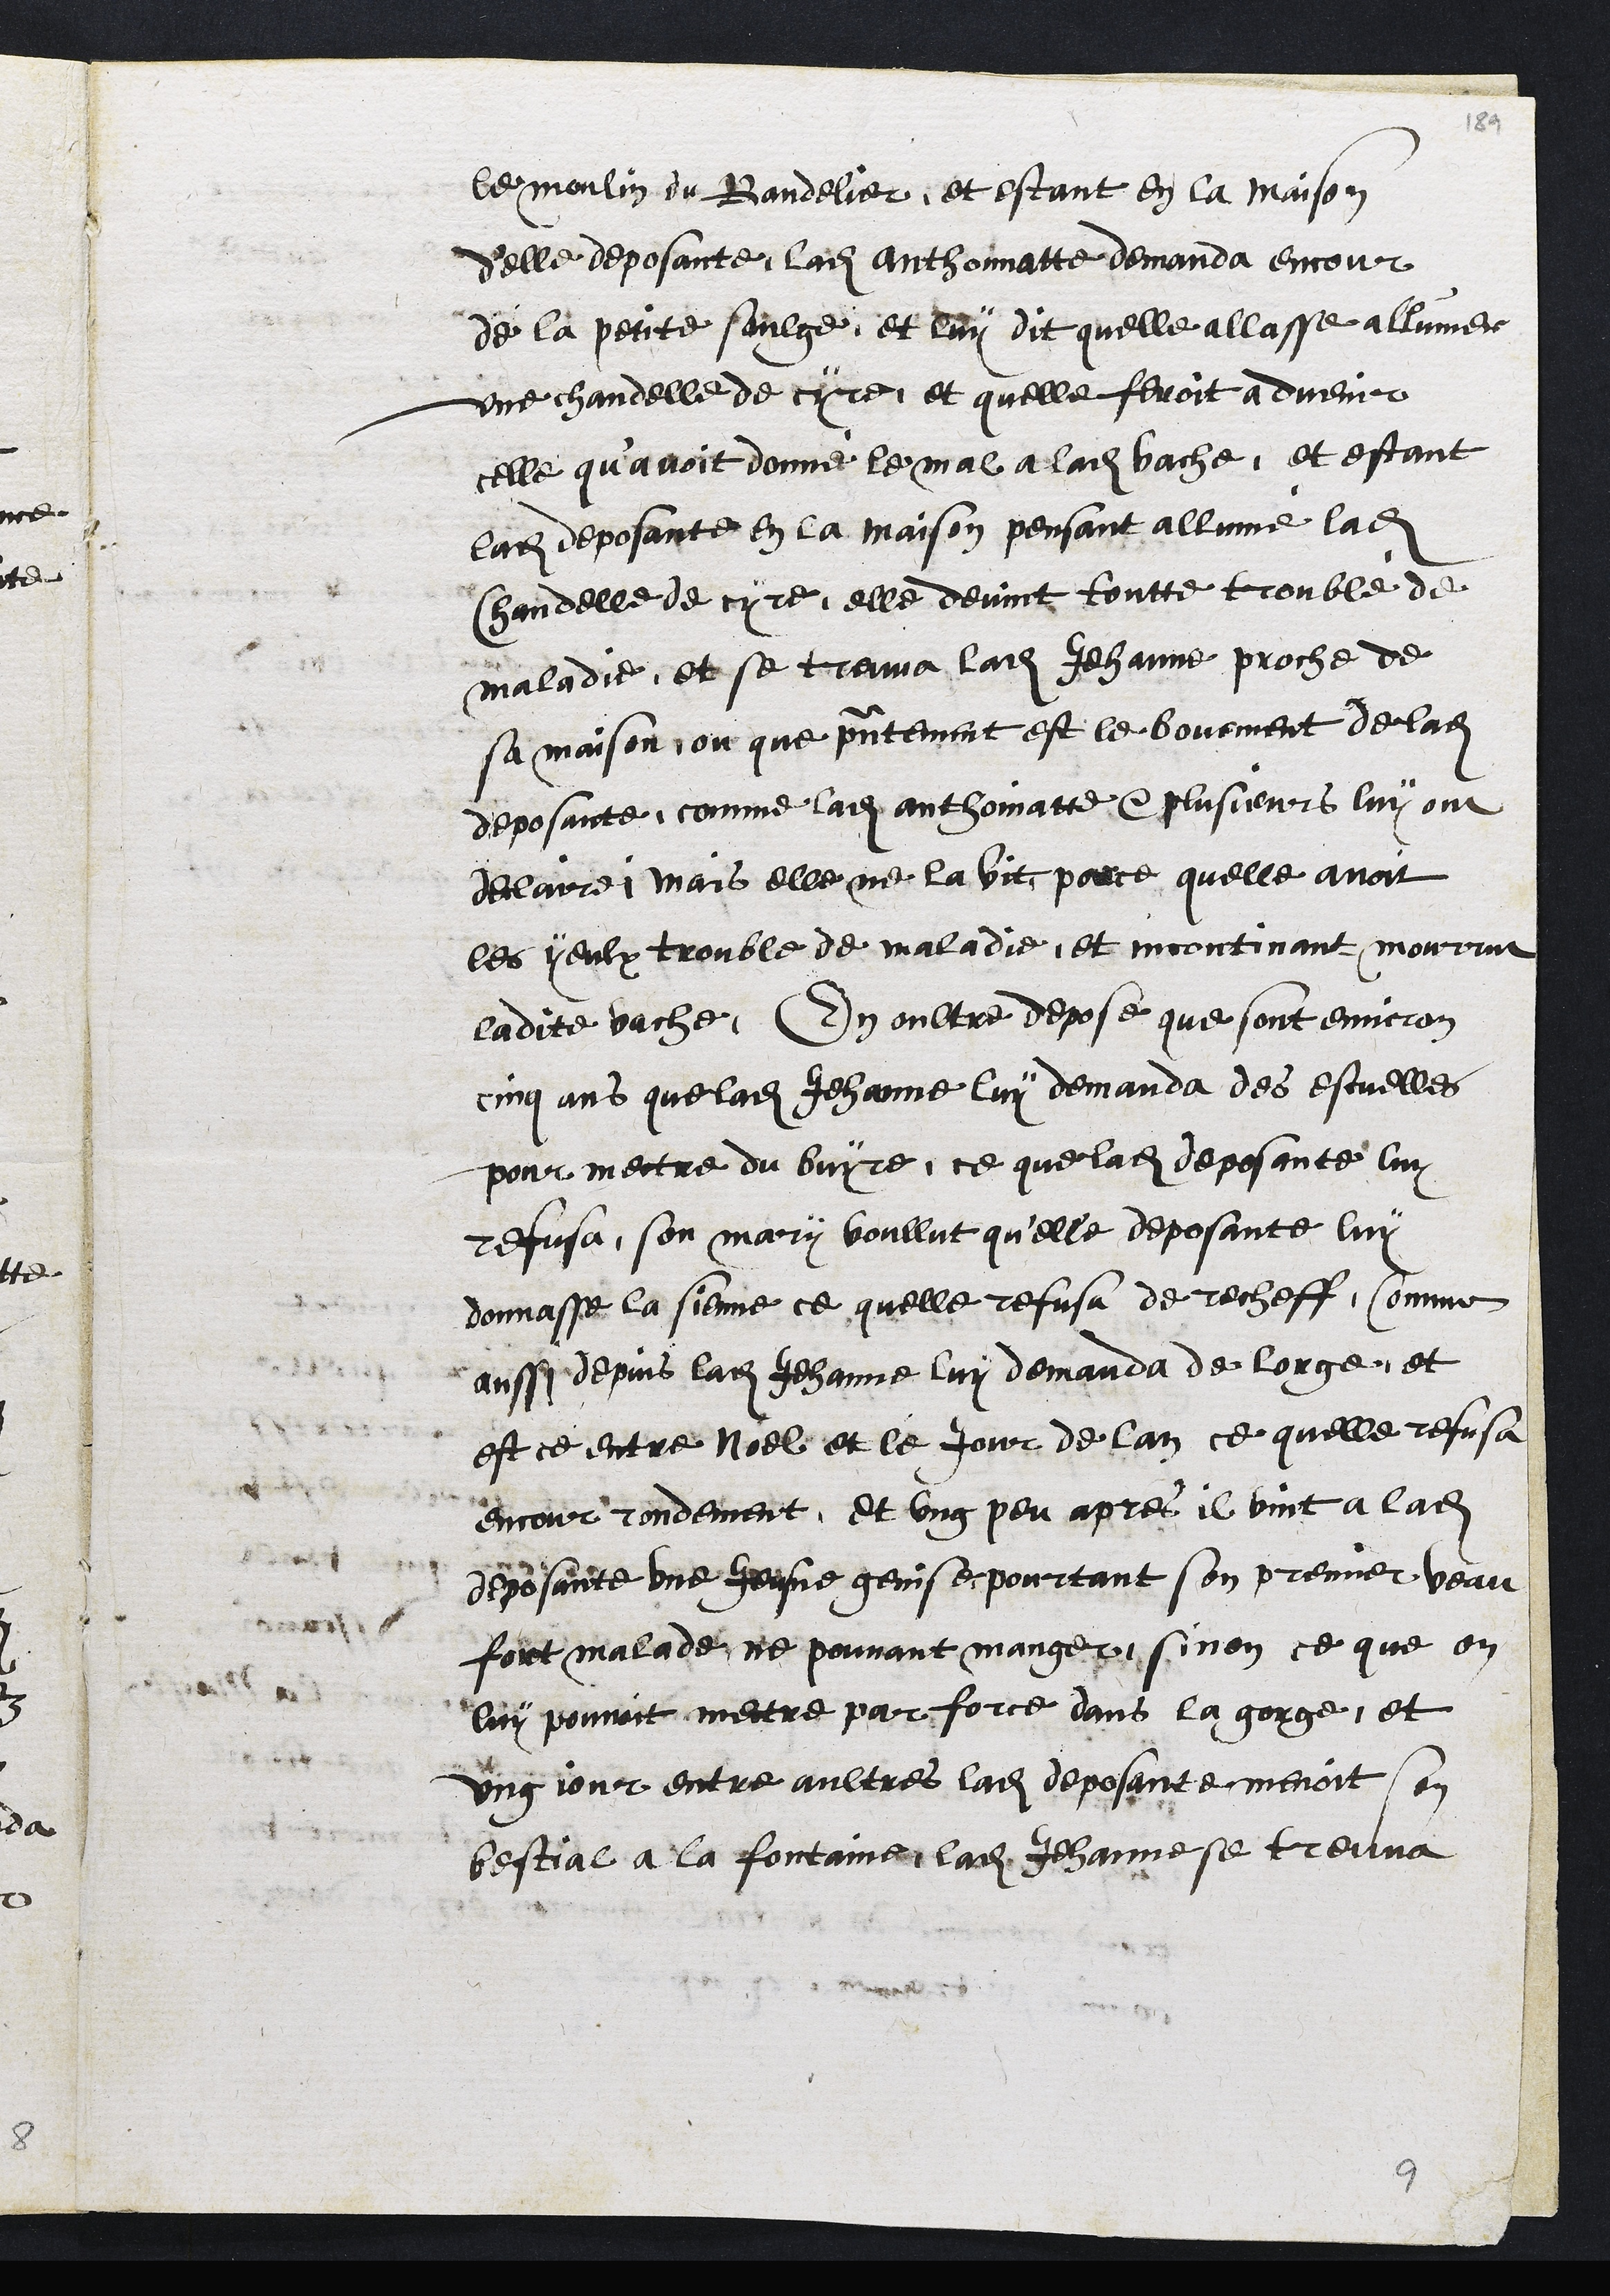
le moulin du Bandelier, et estant en la maison
d'elle deposante, ladite Anthoinnatte demanda encour
de la petite saulge, et luy dit quelle allasse allumer
une chandelle de cyre, et quelle feroit a dvenir
celle qu'avoit donné le mal a ladite vache, et estant
ladite deposante en la maison pensant allume ladite
Chandelle de cyre, elle devint toutte trouble de
maladie, et se treuva ladite Jehanne proche de
sa maison, ou que presentement est le bouement de ladite
deposante, comme ladite anthomatte, e plusieurs luy ont
delairé mais elle ne la vit porce quelle avoit
les yeulx trouble de maladie, et incontinant mourrut
ladite vache. En oultre depose que sont environ
cinq ans que ladite Jehanne luy demanda des estuelles
pour mettre du buyre, ce que ladite deposante luy
refusa, son mary voullut qu'elle deposante luy
donnasse la sienne ce quelle refusa de recheff, Comme
aussi depuis ladite Jehanne luy demanda de lorge, et
est ce entre Noel et le jour de lan ce quelle refusa
encour rondement, et ung peu apres il vint a ladite
deposante une heusne genise pourtant son premier veau
fort malade ne pouvant manger sinon ce que on
luy pouvoit mettre par force dans la gorge, et
ung jour entre aultres ladite deposante menoit son
bestial a la fontaine ladite Jehanne se treuva

9